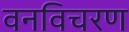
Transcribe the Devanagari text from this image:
वनविचरण